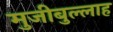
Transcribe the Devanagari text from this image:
मुजीबुल्लाह